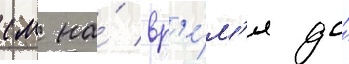
см на́ вр'е́м'я до́